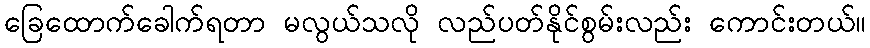
ခြေထောက်ခေါက်ရတာ မလွယ်သလို လည်ပတ်နိုင်စွမ်းလည်း ကောင်းတယ်။